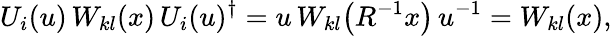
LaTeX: U_{i}(u)\, W_{kl}(x)\, U_{i}(u)^{\dagger}=u\, W_{kl}\bigl(R^{-1}x\bigr)\, u^{-1}=W_{kl}(x),